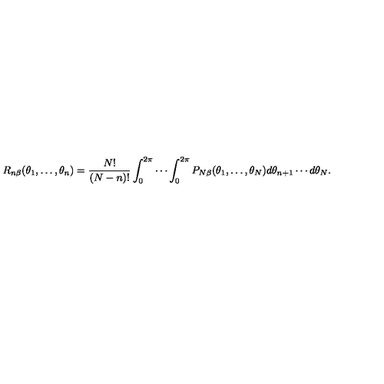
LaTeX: R _ { n \beta } ( \theta _ { 1 } , \ldots , \theta _ { n } ) = { \frac { N ! } { ( N - n ) ! } } \int _ { 0 } ^ { 2 \pi } \cdots \int _ { 0 } ^ { 2 \pi } P _ { N \beta } ( \theta _ { 1 } , \ldots , \theta _ { N } ) d \theta _ { n + 1 } \cdots d \theta _ { N } .